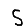
Digit: 5